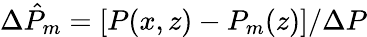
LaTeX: \Delta\hat{P}_{m}=[P(x,z)-P_{m}(z)]/\Delta P